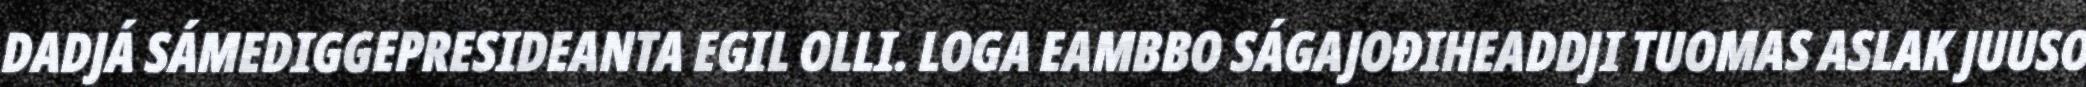
DADJÁ SÁMEDIGGEPRESIDEANTA EGIL OLLI. LOGA EAMBBO SÁGAJOĐIHEADDJI TUOMAS ASLAK JUUSO